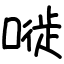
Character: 嘥